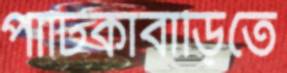
পাটিকাবাড়িতে